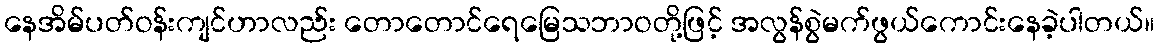
နေအိမ်ပတ်ဝန်းကျင်ဟာလည်း တောတောင်ရေမြေသဘာဝတို့ဖြင့် အလွန်စွဲမက်ဖွယ်ကောင်းနေခဲ့ပါတယ်။